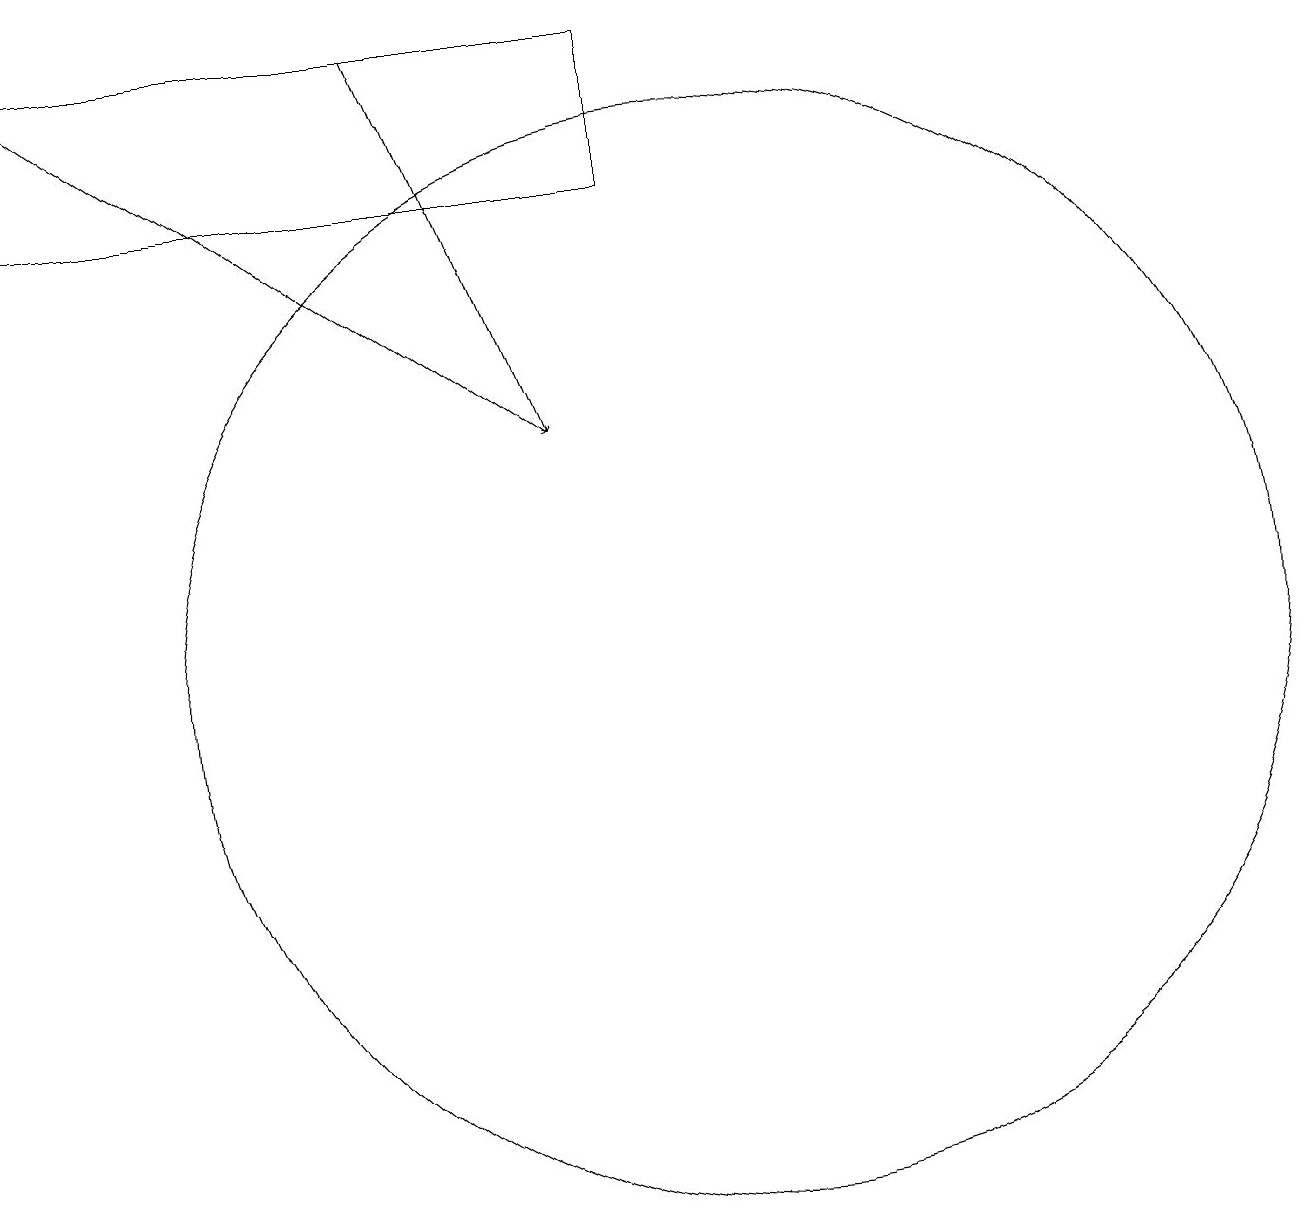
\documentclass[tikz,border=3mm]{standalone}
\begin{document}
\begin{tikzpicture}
\draw (9,17) rectangle (1,19);
\draw[->] (1,19) -- (8,14);
\draw[->] (6,19) -- (8,14);
\draw (10,11) circle (7);
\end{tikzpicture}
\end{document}